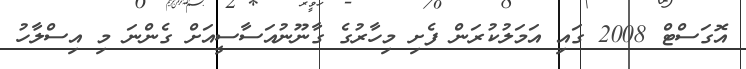
އޮގަސްޓް 2008 ގައި އަމަލުކުރަން ފެށި މިހާރުގެ ގާނޫނުއަސާސީއަށް ގެންނަ މި އިސްލާހު